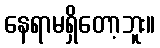
နေရာမရှိတော့ဘူး။